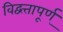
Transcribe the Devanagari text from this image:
विद्वत्तापूर्ण्‌